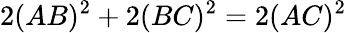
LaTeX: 2(AB)^{2}+2(BC)^{2}=2(AC)^{2}